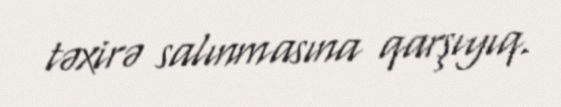
təxirə salınmasına qarşıyıq.